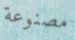
مصنوعة